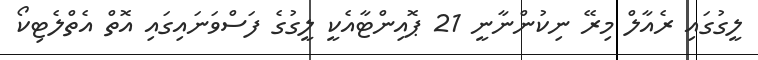
ލީގުގައި ރެއާލް މިރޭ ނިކުންނާނީ 21 ޕޮއިންޓާއެކީ ލީގުގެ ފަސްވަނައިގައި އޮތް އެތްލެޓިކޯ